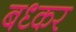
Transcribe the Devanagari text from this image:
बध्कर